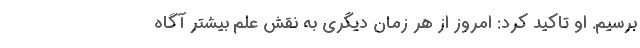
برسیم. او تاکید کرد: امروز از هر زمان دیگری به نقش علم بیشتر آگاه